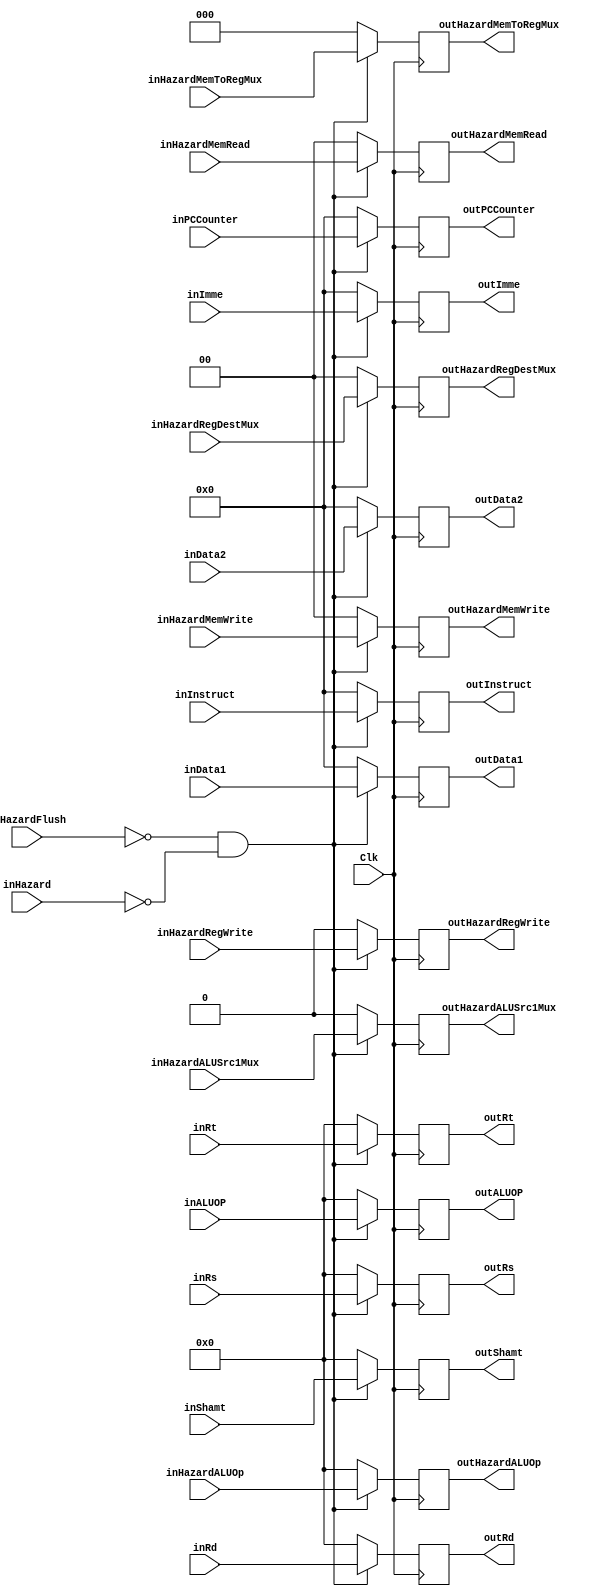
`timescale 1ns / 1ps
//////////////////////////////////////////////////////////////////////////////////
// Company: University of Arizona
// 
// Design Name: 
// Module Name: pipelineIFID
//////////////////////////////////////////////////////////////////////////////////


module pipelineIDEX(Clk, inRs, inRt, inRd, inData1, inData2, inInstruct, inShamt, inImme,inALUOP, inHazard, inPCCounter,
                    outRs, outRt, outRd, outData1, outData2, outInstruct, outShamt, outImme, outALUOP, outPCCounter,
                    inHazardRegWrite, inHazardALUSrc1Mux, inHazardMemRead, inHazardMemWrite, inHazardRegDestMux, inHazardMemToRegMux, inHazardALUOp, inHazardFlush,
                    outHazardRegWrite, outHazardALUSrc1Mux, outHazardMemRead, outHazardMemWrite, outHazardRegDestMux, outHazardMemToRegMux, outHazardALUOp);
              
    //Input signal      
    input Clk, inHazardFlush, inHazard;
    input [4:0] inRs, inRt, inRd, inShamt, inALUOP;
    input [31:0] inData1, inData2, inImme;
    input [31:0] inInstruct, inPCCounter;
    //Output signal
    output reg [4:0] outRs, outRt, outRd, outShamt, outALUOP;
    output reg [31:0] outData1, outData2, outImme;
    output reg [31:0] outInstruct, outPCCounter;
    //Selector signal
    input inHazardRegWrite, inHazardALUSrc1Mux;
    input [1:0] inHazardMemRead, inHazardMemWrite, inHazardRegDestMux;
    input [2:0] inHazardMemToRegMux;
    input [4:0] inHazardALUOp;
    output reg outHazardRegWrite, outHazardALUSrc1Mux;
    output reg [1:0] outHazardMemRead, outHazardMemWrite, outHazardRegDestMux;
    output reg [2:0] outHazardMemToRegMux;
    output reg [4:0] outHazardALUOp;
    
    always @ (posedge Clk)
    begin
    //if (~inHazardFlush) begin
        // If there is NO stall
        if (~inHazardFlush && ~inHazard)
        begin
            outRs <= inRs;
            outRt <= inRt;
            outRd <= inRd;
            outData1 <= inData1;
            outData2 <= inData2;
            outShamt <= inShamt;
            outImme <= inImme;
            outInstruct <= inInstruct;
            outALUOP <= inALUOP;
            outPCCounter <= inPCCounter;
            outHazardRegWrite <= inHazardRegWrite;
            outHazardALUSrc1Mux <= inHazardALUSrc1Mux;
            outHazardMemRead <= inHazardMemRead;
            outHazardMemWrite <= inHazardMemWrite;
            outHazardRegDestMux <= inHazardRegDestMux;
            outHazardMemToRegMux <= inHazardMemToRegMux;
            outHazardALUOp <= inHazardALUOp;
        end
        else begin
           outRs <= 0;
           outRt <= 0;
           outRd <= 0;
           outData1 <= 0;
           outData2 <= 0;
           outShamt <= 0;
           outImme <= 0;
           outInstruct <= 0;
           outALUOP <= 0;
           outPCCounter <= 0;
           outHazardRegWrite <= 0;
           outHazardALUSrc1Mux <= 0;
           outHazardMemRead <= 0;
           outHazardMemWrite <= 0;
           outHazardRegDestMux <= 0;
           outHazardMemToRegMux <= 0;
           outHazardALUOp <= 0;
        end
    end
    
endmodule